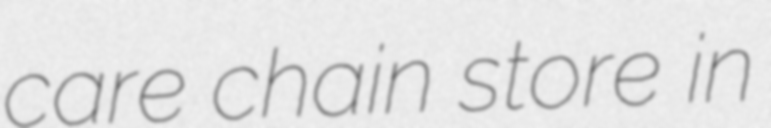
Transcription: care chain store in